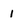
Character: 1